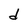
Character: d